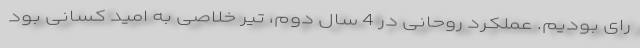
رای بودیم. عملکرد روحانی در 4 سال دوم، تیر خلاصی به امید کسانی بود